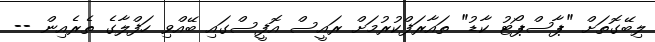
ލިބޭގޮތަށް "ޕާސްޕޯޓު ކާޑު" ތައާރަފްކުރުމަށް ރައީސް އޮފީސްގައި ބޭއްވި ހަފްލާގެ ތެރެއިން --